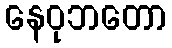
နေဝုဘတော